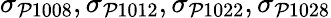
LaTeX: \sigma_{\mathcal{P}1008},\sigma_{\mathcal{P}1012},\sigma_{\mathcal{P}1022},\sigma_{\mathcal{P}1028}